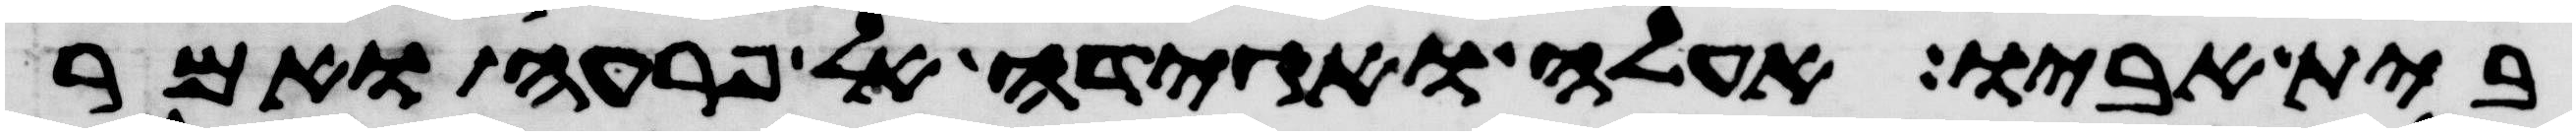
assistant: בית אביו אעלה ואגידה לפרעה ואמר